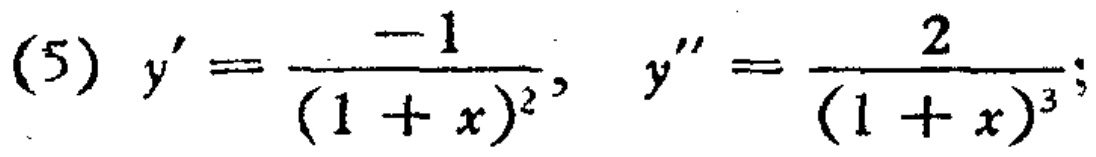
(5) \(y'=\frac{-1}{(1 + x)^2},\ y''=\frac{2}{(1 + x)^3};\)